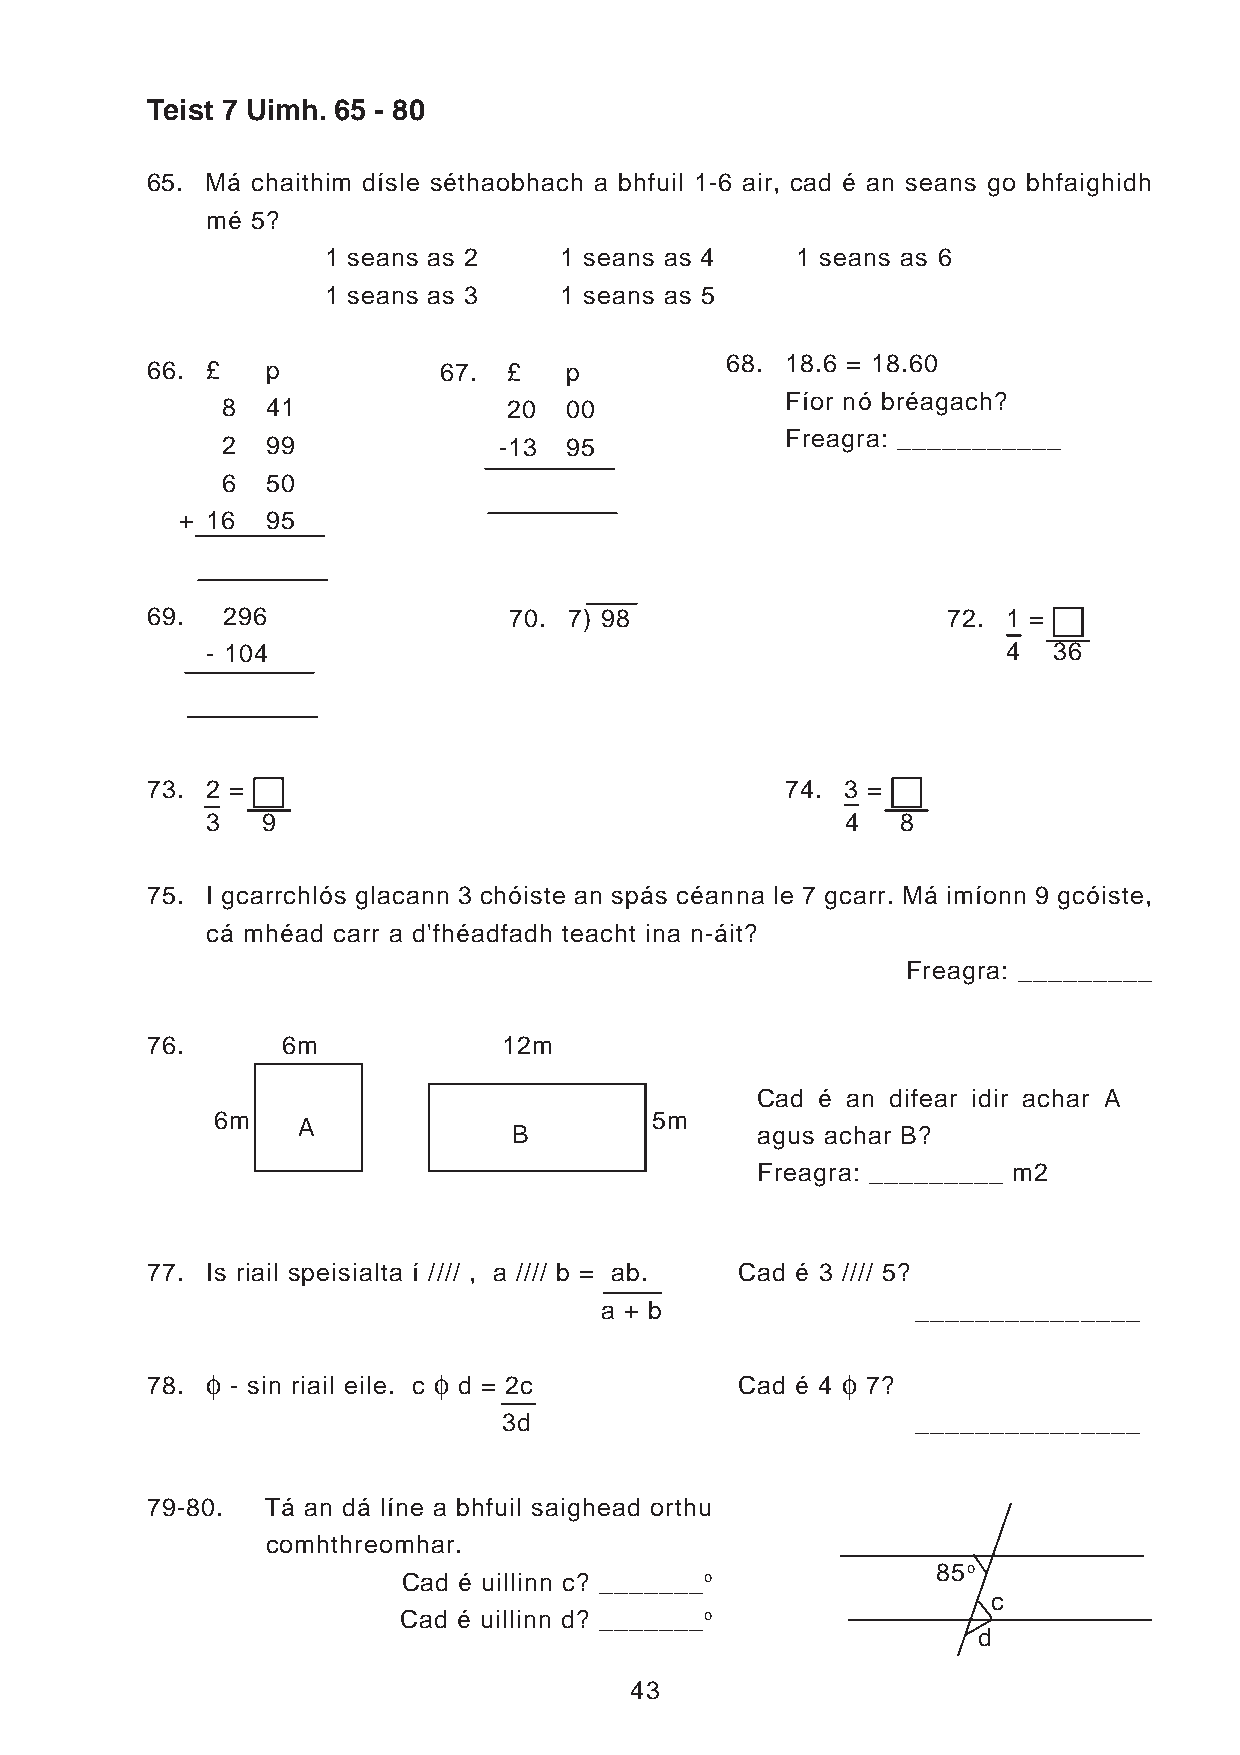
Teist 7 Uimh. 65 - 80
 65. Má chaithim dísle séthaobhach a bhfuil 1-6 air, cad é an seans go bhfaighidh
 mé 5?
 1 seans as 2    1 seans as 4    1 seans as 6
 1 seans as 3    1 seans as 5
 68. 18.6 = 18.60
 66. £   p          67.  £  p
 Fíor nó bréagach?
 8  41              20 00
 Freagra: ___________
 2  99             -13 95
 6  50
 + 16  95
 69.  296                70. 7) 98                    72. 1 =
 - 104                                                4  36
 73. 2 =                                   74. 3 =
 3  9                                      4   8
 75. I gcarrchlós glacann 3 chóiste an spás céanna le 7 gcarr. Má imíonn 9 gcóiste,
 cá mhéad carr a d'fhéadfadh teacht ina n-áit?
 Freagra: _________
 76.      6m            12m
 Cad é an difear idir achar A
 6m                           5m
 A
 B               agus achar B?
 Freagra: _________ m2
 77. Is riail speisialta í //// , a //// b = ab. Cad é 3 //// 5?
 a + b                _______________
 f              f                          f
 78.  - sin riail eile. c d = 2c        Cad é 4 7?
 3d                          _______________
 79-80.  Tá an dá líne a bhfuil saighead orthu
 comhthreomhar.
 85o
 Cad é uillinn c? _______o
 c
 Cad é uillinn d? _______o
 d
 43